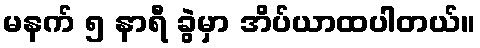
မနက် ၅ နာရီ ခွဲမှာ အိပ်ယာထပါတယ်။